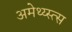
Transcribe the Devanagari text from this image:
अमेथ्य्स्त्स